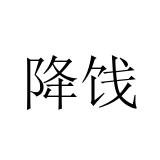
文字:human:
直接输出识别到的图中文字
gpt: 降饯